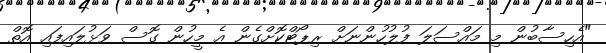
"އެހިސާބުން މި މައްސަލަ ފުލުހުންނަށް ރިޕޯޓްކޮށްގެން އެ މީހުން ގޮސް ވަޅުލައިފައި އޮތް